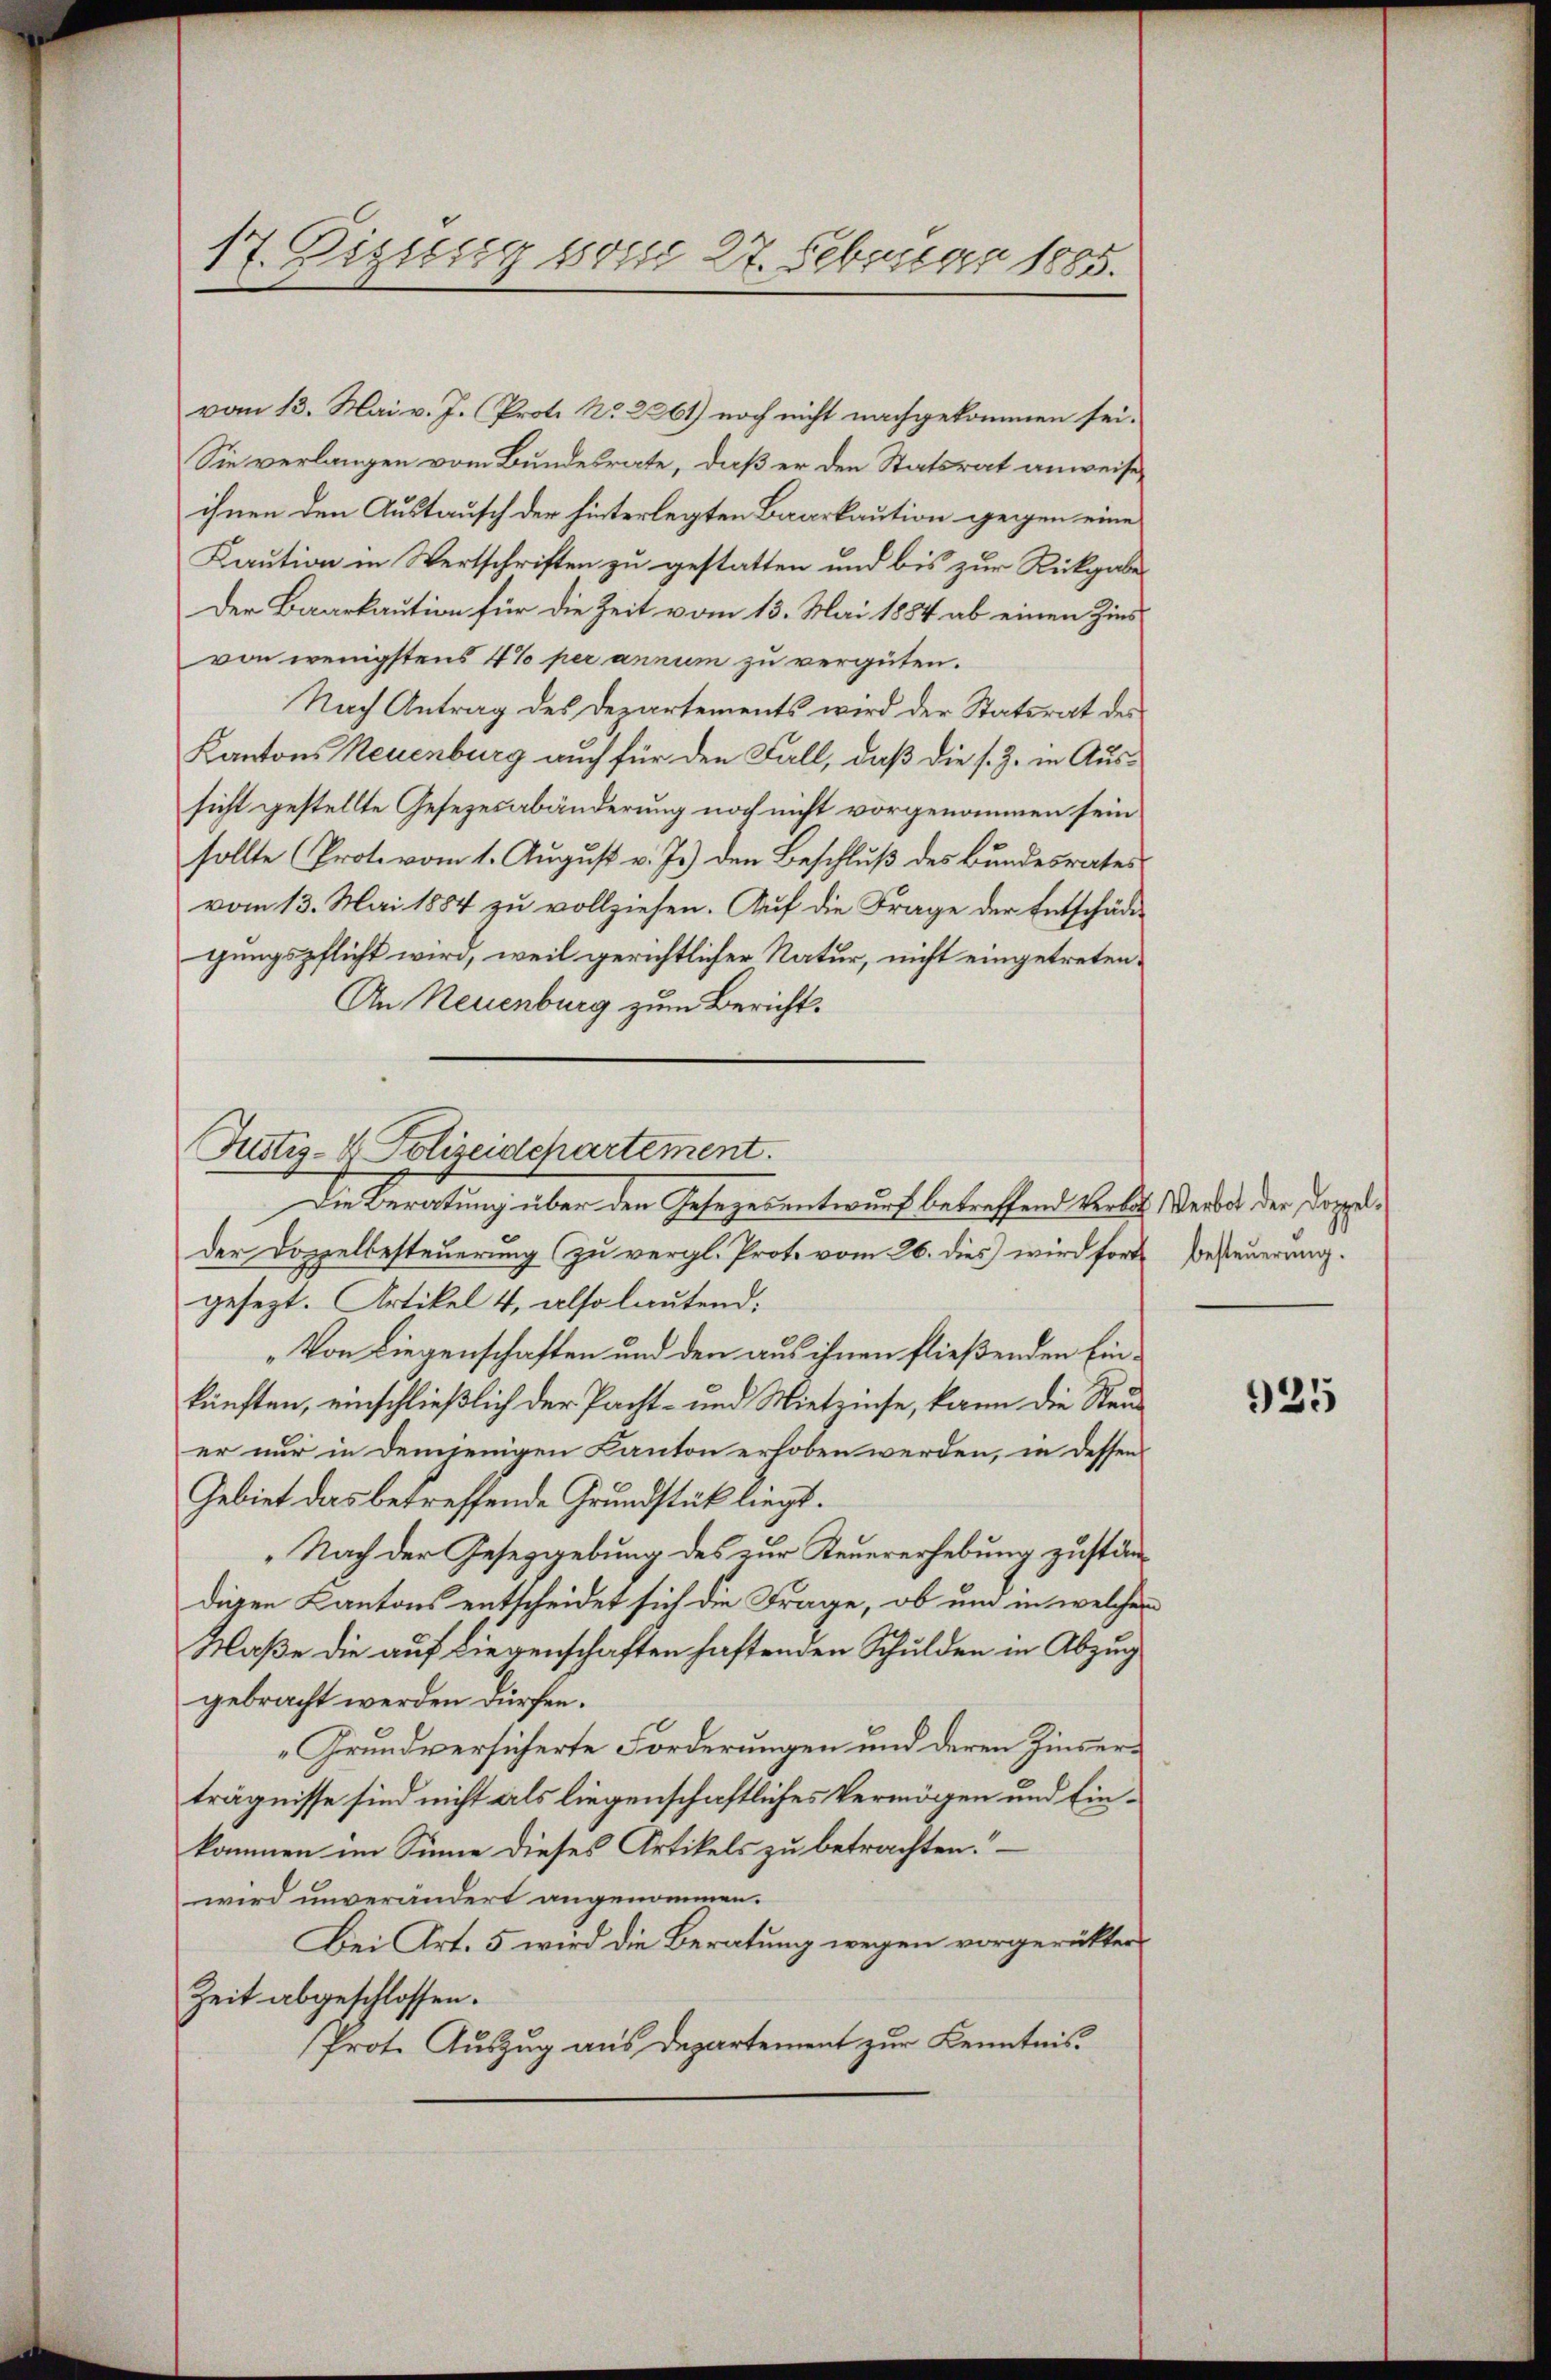
17. Digung vom 27. Februar 1885.

vom 13. Mai v. J. (Proto No. 2061) noch nicht nachgekommen sei.
Sie verlangen vom Bundesrate, daß er den Statsrat anweise,
ihnen den Austausch der hinterlegten Baarkaution gegen eine
Kaution in Wertschriften zu gestatten und bis zur Rückgabe
Der Baarkaution für die Zeit vom 13. Mai 1884 ab einen Zins
von wenigstens 4% per annum zu vergüten.
Nach Antrag des Departements wird der Statsrat des
Kantons Neuenburg auch für den Fall, daß die s. Z. in Aussicht gestellte Gesezesabänderung noch nicht vorgenommen sein
sollte (Prote vom 1. August v. J.) den Beschluß des Bundesrates
vom 13. Mai 1884 zu vollziehen. Auf die Frage der Entschädigungspflicht wird, weil gerichtlicher Natur, nicht eingetreten¬
An Neuenburg zum Bericht¬

Justiz- & Polizeidepartement
Die Beratung über den Gesezesentwurf betreffend Verbot Verbot der Doppel¬

der Doppelbesteuerung zu vergl. Prote vom 26. dies wird fort besteuerung.
gesezt. Artikel 4, also lautend:
„Von Liegenschaften und den aus ihnen fließenden Einkünften, einschließlich der Pacht- und Mietzinse, kann die Steuer nur in demjenigen Kanton erhoben werden, in dessen
Gebiet das betreffende Grundstück liegt.
„Nach der Gesetzgebung des zur Teuererhebung zuständigen Kantons entscheidet sich die Frage, ob und in welchen
Maße die auf Liegenschaften haftenden Schulden in Abzug
gebracht werden dürfen.
Grundversicherte Forderungen und deren Zinserträgnisse sind nicht als liegenschaftliches Vermögen und Einkommen im Sinne dieses Artikels zu betrachten.
wird unverändert angenommen.
Bei Art. 5 wird die Beratung wegen vorgerückter
Zeit abgeschlossen.
Prot. Auszug aus Departement zur Kenntnis

925